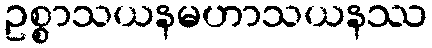
ဥစ္စာသယနမဟာသယနဿ